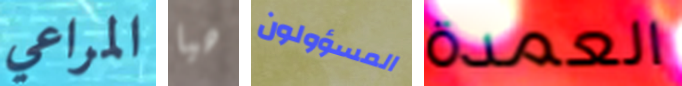
المراعي هيا المسؤولون العمدة